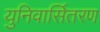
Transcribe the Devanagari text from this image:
युनिवार्सितरण